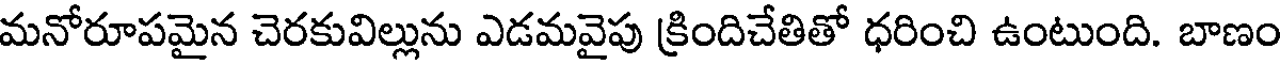
మనోరూపమైన చెరకువిల్లును ఎడమవైపు క్రిందిచేతితో ధరించి ఉంటుంది. బాణం